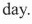
day.